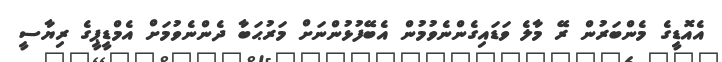
އެއޮޑީގެ މެންބަރުން ރޭ މާލެ ވަޑައިގެންނެވުމުން އެބޭފުޅުންނަށް މަރުޙަބާ ދެންނެވުމަށް އެމްޑީޕީގެ ރިޔާސީ